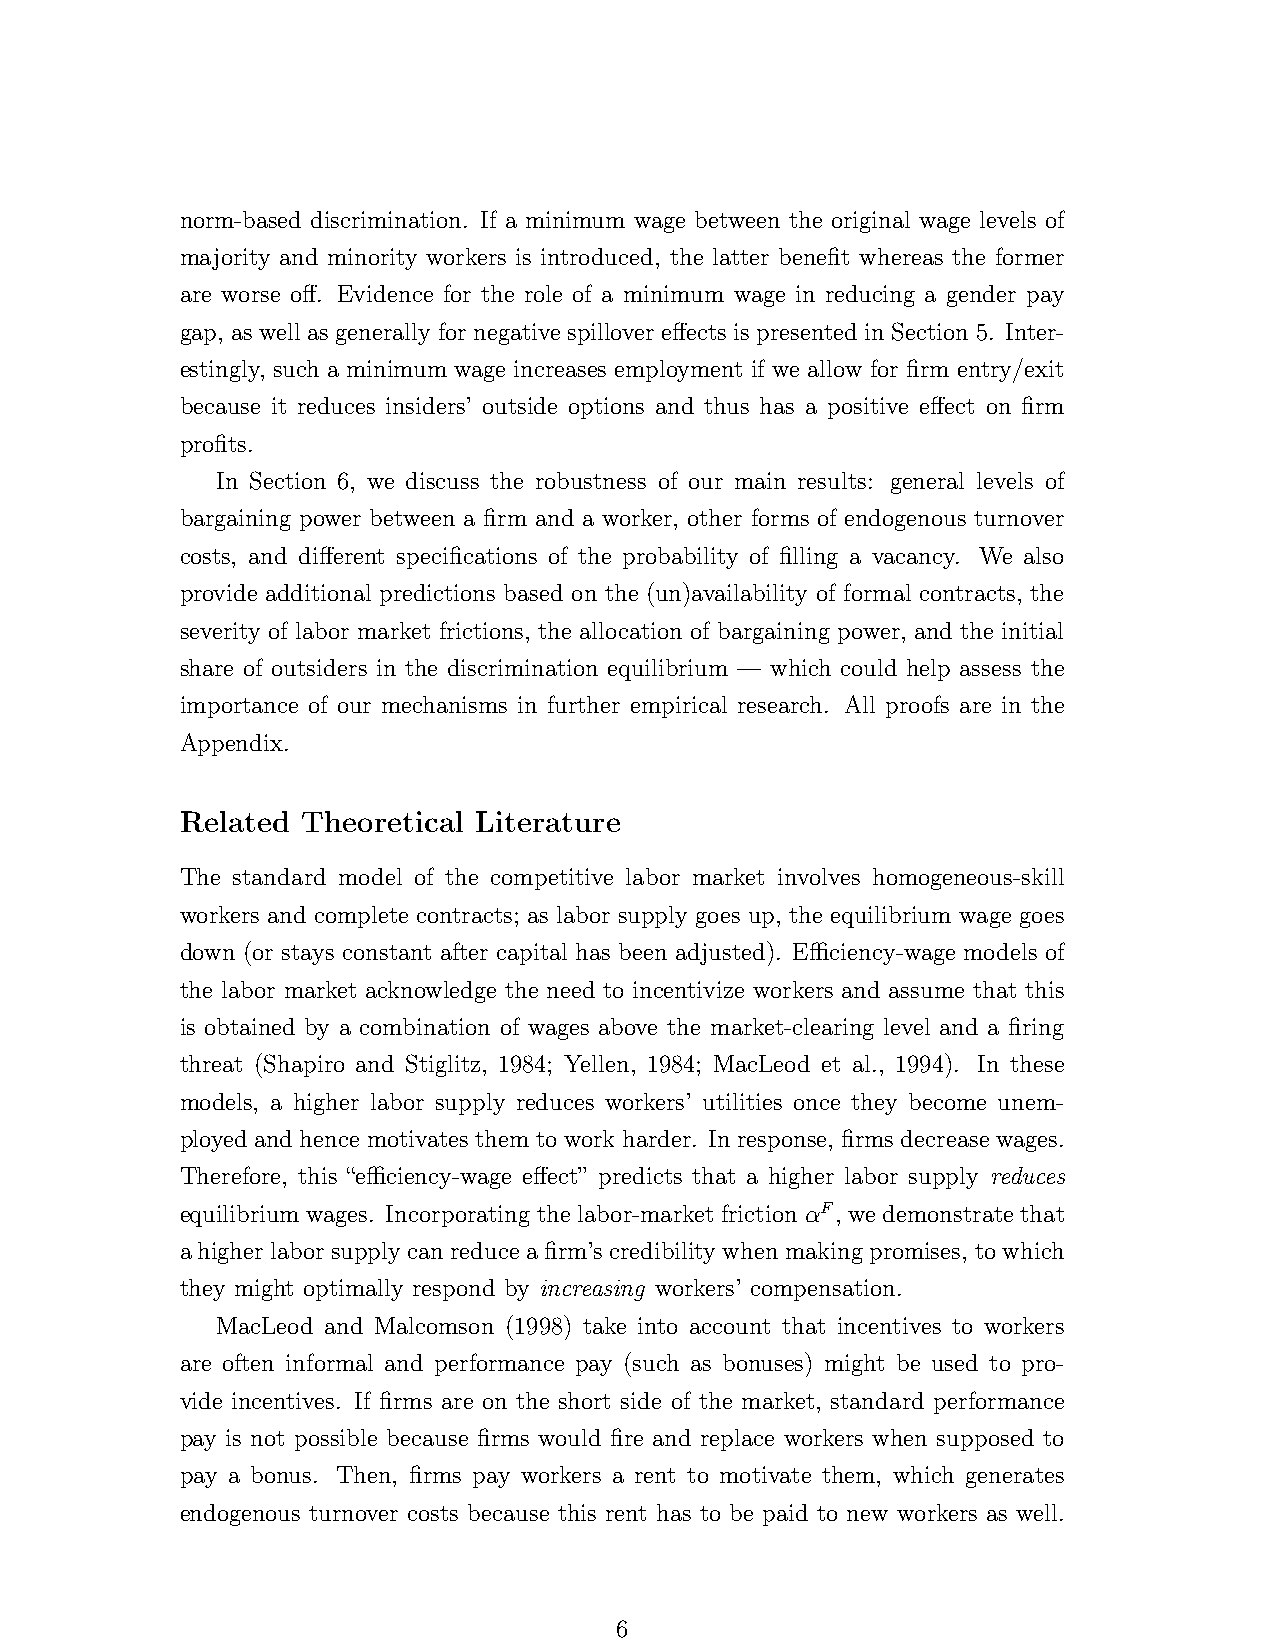
norm-based discrimination. If a minimum wage between the original wage levels of
 majority and minority workers is introduced, the latter benefit whereas the former
 are worse off. Evidence for the role of a minimum wage in reducing a gender pay
 gap, as well as generally for negative spillover effects is presented in Section 5. Inter-
 estingly, such a minimum wage increases employment if we allow for firm entry/exit
 because it reduces insiders’ outside options and thus has a positive effect on firm
 profits.
 In Section 6, we discuss the robustness of our main results: general levels of
 bargaining power between a firm and a worker, other forms of endogenous turnover
 costs, and different specifications of the probability of filling a vacancy. We also
 provide additional predictions based on the (un)availability of formal contracts, the
 severity of labor market frictions, the allocation of bargaining power, and the initial
 share of outsiders in the discrimination equilibrium — which could help assess the
 importance of our mechanisms in further empirical research. All proofs are in the
 Appendix.
 Related Theoretical Literature
 The standard model of the competitive labor market involves homogeneous-skill
 workers and complete contracts; as labor supply goes up, the equilibrium wage goes
 down (or stays constant after capital has been adjusted). Efficiency-wage models of
 the labor market acknowledge the need to incentivize workers and assume that this
 is obtained by a combination of wages above the market-clearing level and a firing
 threat (Shapiro and Stiglitz, 1984; Yellen, 1984; MacLeod et al., 1994). In these
 models, a higher labor supply reduces workers’ utilities once they become unem-
 ployed and hence motivates them to work harder. In response, firms decrease wages.
 Therefore, this “efficiency-wage effect” predicts that a higher labor supply reduces
 equilibrium wages. Incorporating the labor-market friction αF, we demonstrate that
 a higher labor supply can reduce a firm’s credibility when making promises, to which
 they might optimally respond by increasing workers’ compensation.
 MacLeod and Malcomson (1998) take into account that incentives to workers
 are often informal and performance pay (such as bonuses) might be used to pro-
 vide incentives. If firms are on the short side of the market, standard performance
 pay is not possible because firms would fire and replace workers when supposed to
 pay a bonus. Then, firms pay workers a rent to motivate them, which generates
 endogenous turnover costs because this rent has to be paid to new workers as well.
 6